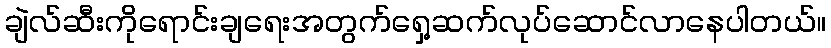
ချဲလ်ဆီးကိုရောင်းချရေးအတွက်ရှေ့ဆက်လုပ်ဆောင်လာနေပါတယ်။